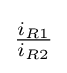
{\tfrac {i_{R1}}{i_{R2}}}